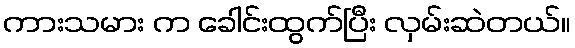
ကားသမား က ခေါင်းထွက်ပြီး လှမ်းဆဲတယ်။